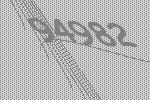
94982